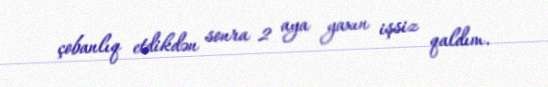
çobanlıq etdikdən sonra 2 aya yaxın işsiz qaldım.